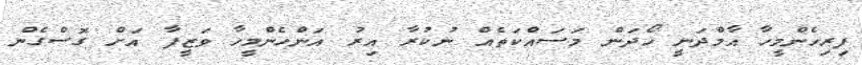
ފިރިހެންމީހާ އާމްދަނީ ހޯދަން މަސައްކަތެއް ނުކުރާ އިރު އަންހެންމީހާ ވަޒީފާ އަށް ގޮސްގެން